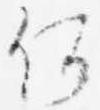
何